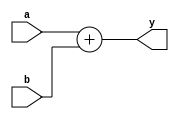
module adder(output  [31:0] y,input   [31:0] a, b);
     assign y = a + b;
endmodule